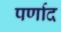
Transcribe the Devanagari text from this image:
पर्णाद